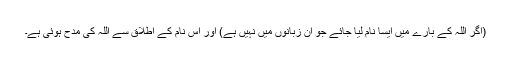
(اگر اللہ کے بارے میں ایسا نام لیا جائے جو ان زبانوں میں نہیں ہے) اور اس نام کے اطلاق سے اللہ کی مدح ہوئی ہے۔